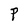
Character: P